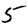
Digit: 5